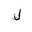
Letter: _lam